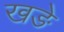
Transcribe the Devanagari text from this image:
खङे